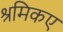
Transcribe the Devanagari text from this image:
श्रमिकए